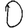
Digit: 0